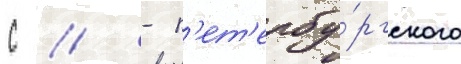
с // - п'ет'ербу́ргского